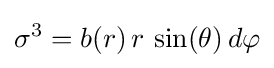
\sigma ^{3}=b(r)\,r\,\sin(\theta )\,d\varphi